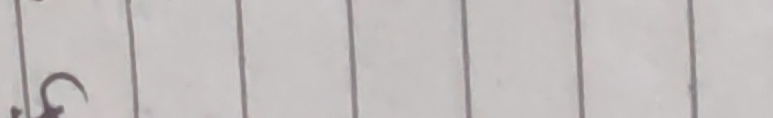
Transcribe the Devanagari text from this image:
९